Civil Veterinary Department. United Provinces 1923-31 - 1923-1931
Year: 1923
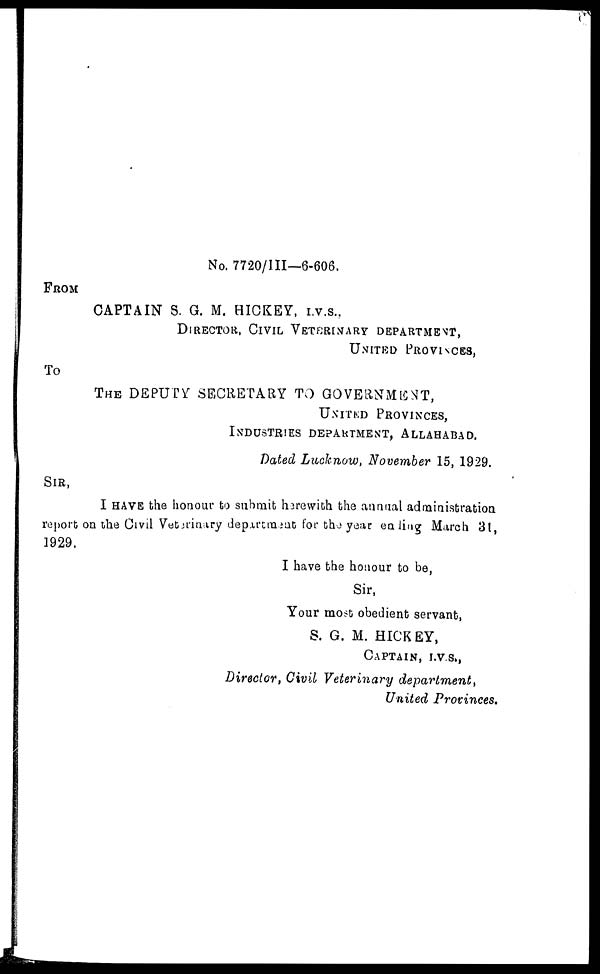
No. 7720/III—6-606.
FROM
CAPTAIN S. G. M. HICKEY, I.V.S.,
DIRECTOR, CIVIL VETERINARY DEPARTMENT,
UNITED PROVINCES,
TO
THE DEPUTY SECRETARY TO GOVERNMENT,
UNITED PROVINCES,
INDUSTRIES DEPARTMENT, ALLAHABAD.
Dated Lucknow, November 15, 1929.
SIR,
I HAVE the honour to submit herewith the annual administration
report on the Civil Veterinary department for the year ending March 31,
1929.
I have the honour to be,
Sir,
Your most obedient servant,
S. G. M. HICKEY,
CAPTAIN, I.V.S.,
Director, Civil Veterinary
department,
United Provinces.